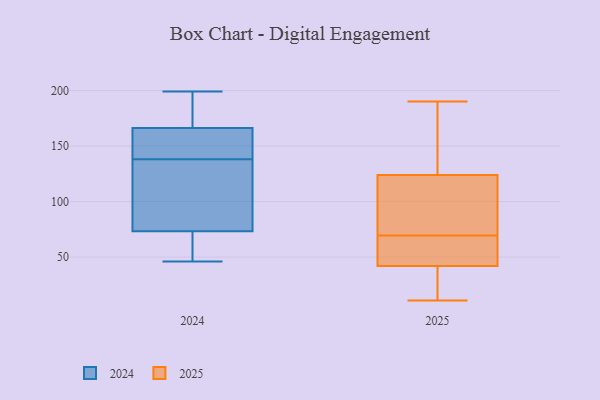
{"axis": {"x": "Shipments", "y": "Value"}, "legend": ["2024", "2025"], "data": [{"x": "", "y": 52, "type": "2024"}, {"x": "", "y": 95, "type": "2024"}, {"x": "", "y": 122, "type": "2024"}, {"x": "", "y": 177, "type": "2024"}, {"x": "", "y": 152, "type": "2024"}, {"x": "", "y": 199, "type": "2024"}, {"x": "", "y": 138, "type": "2024"}, {"x": "", "y": 169, "type": "2024"}, {"x": "", "y": 66, "type": "2024"}, {"x": "", "y": 158, "type": "2024"}, {"x": "", "y": 46, "type": "2024"}, {"x": "", "y": 39, "type": "2025"}, {"x": "", "y": 50, "type": "2025"}, {"x": "", "y": 190, "type": "2025"}, {"x": "", "y": 158, "type": "2025"}, {"x": "", "y": 56, "type": "2025"}, {"x": "", "y": 155, "type": "2025"}, {"x": "", "y": 13, "type": "2025"}, {"x": "", "y": 93, "type": "2025"}, {"x": "", "y": 90, "type": "2025"}, {"x": "", "y": 24, "type": "2025"}, {"x": "", "y": 163, "type": "2025"}, {"x": "", "y": 83, "type": "2025"}, {"x": "", "y": 44, "type": "2025"}, {"x": "", "y": 90, "type": "2025"}, {"x": "", "y": 11, "type": "2025"}, {"x": "", "y": 42, "type": "2025"}, {"x": "", "y": 87, "type": "2025"}, {"x": "", "y": 42, "type": "2025"}, {"x": "", "y": 155, "type": "2025"}, {"x": "", "y": 49, "type": "2025"}]}